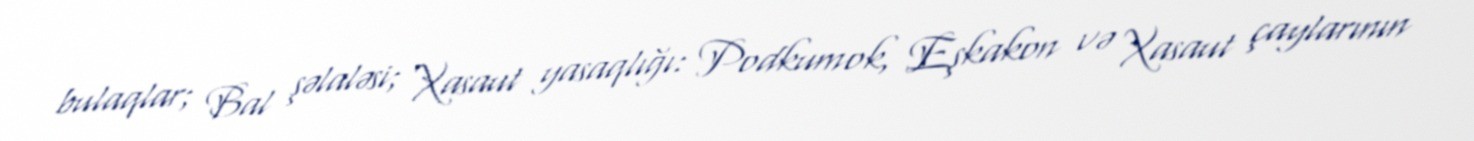
bulaqlar; Bal şəlaləsi; Xasaut yasaqlığı: Podkumok, Eşkakon və Xasaut çaylarının